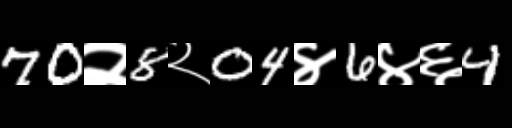
Text: 70२8२04४6४६4